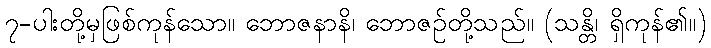
၇-ပါးတို့မှဖြစ်ကုန်သော။ ဘောဇနာနိ၊ ဘောဇဉ်တို့သည်။ (သန္တိ၊ ရှိကုန်၏။)